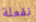
نفعلة